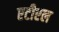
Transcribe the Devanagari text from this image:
एटीएल